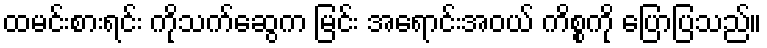
ထမင်းစားရင်း ကိုသက်ဆွေက မြင်း အရောင်းအဝယ် ကိစ္စကို ပြောပြသည်။